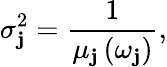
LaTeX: \sigma_{\mathbf{j}}^{2}=\frac{{1}}{{\mu_{\mathbf{j}}\left(\omega_{\mathbf{j}}\right)}},